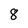
Character: 8